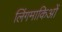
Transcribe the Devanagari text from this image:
लिंगमाकिओं